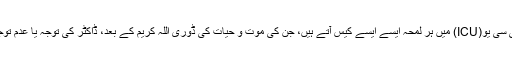
او پی ڈی (OPD) اور آئی سی یو(ICU) میں ہر لمحہ ایسے ایسے کیس آتے ہیں، جن کی موت و حیات کی ڈوری اللہ کریم کے بعد، ڈاکٹر کی توجہ یا عدم توجہ پر انحصار رکھتی ہے۔